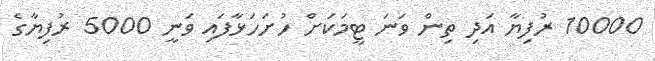
10000 ރުފިޔާ އަދި ތިން ވަނަ ޓީމަކަށް ހުށަހަޅާފައި ވަނީ 5000 ރުފިޔާގެ